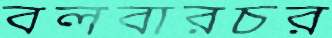
বলবারচর